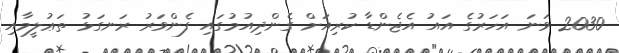
2030 ވަނަ އަހަރުގެ އައު އެޖެންޑާ ކުރިއަށް ގެންދިއުމުގައި ފެންވަރު ރަނގަޅު ތަޢުލީމާއި